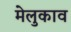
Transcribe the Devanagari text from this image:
मेलुकाव